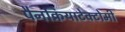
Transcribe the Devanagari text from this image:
पैनक्रियाटेक्टोमी